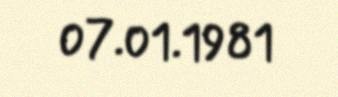
07.01.1981